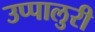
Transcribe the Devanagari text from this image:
उप्पालुरी